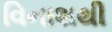
વિનાશથી